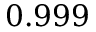
0 . 9 9 9